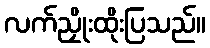
လက်ညှိုးထိုးပြသည်။